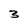
Character: 3